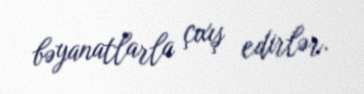
bəyanatlarla çıxış edirlər.